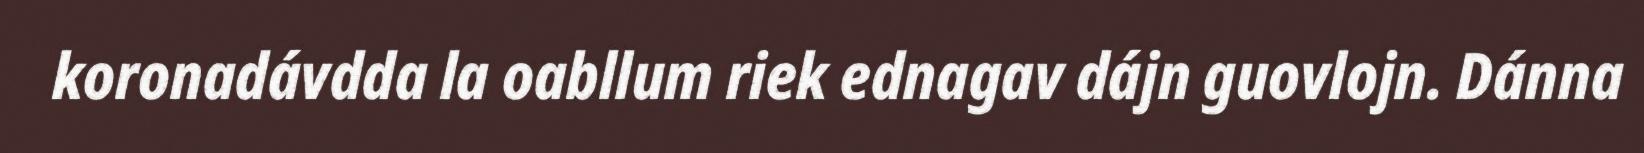
koronadávdda la oabllum riek ednagav dájn guovlojn. Dánna